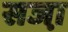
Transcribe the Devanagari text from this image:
सजा़